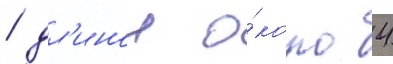
/ дл'инои о́коло 4